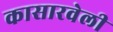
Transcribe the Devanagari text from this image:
कासारवेली